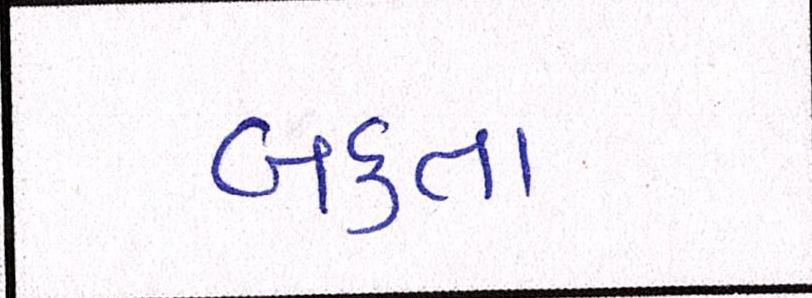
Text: બક્તા